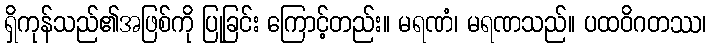
ရှိကုန်သည်၏အဖြစ်ကို ပြုခြင်း ကြောင့်တည်း။ မရဏံ၊ မရဏသည်။ ပထဝိဂတဿ၊